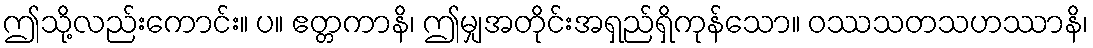
ဤသို့လည်းကောင်း။ ပ။ ဧတ္တကာနိ၊ ဤမျှအတိုင်းအရှည်ရှိကုန်သော။ ဝဿသတသဟဿာနိ၊